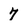
Character: 7